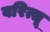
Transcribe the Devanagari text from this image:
बरित्सू